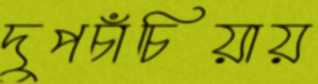
দুপচাঁচিয়ায়